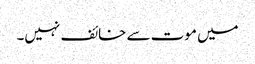
میں موت سے خائف نہیں۔